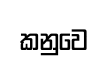
කනුවෙ